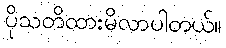
ပိုသတိထားမိလာပါတယ်။